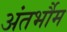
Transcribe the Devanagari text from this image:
अंतर्भौम